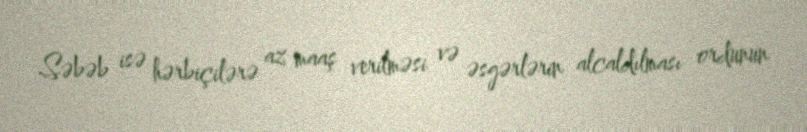
Səbəb isə hərbiçilərə az maaş verilməsi və əsgərlərin alcaldılması ordunun